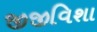
જીજીવિશા